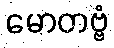
မောတဗ္ဗံ